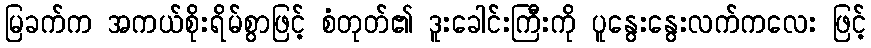
မြခက်က အကယ်စိုးရိမ်စွာဖြင့် စံတုတ်၏ ဒူးခေါင်းကြီးကို ပူနွေးနွေးလက်ကလေး ဖြင့်